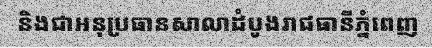
និងជាអនុប្រធានសាលាដំបូងរាជធានីភ្នំពេញ